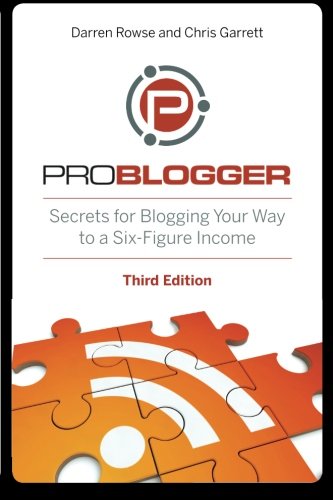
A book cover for ProBlogger: Secrets for Blogging Your Way to a Six-Figure Income; Darren Rowse; Computers & Technology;